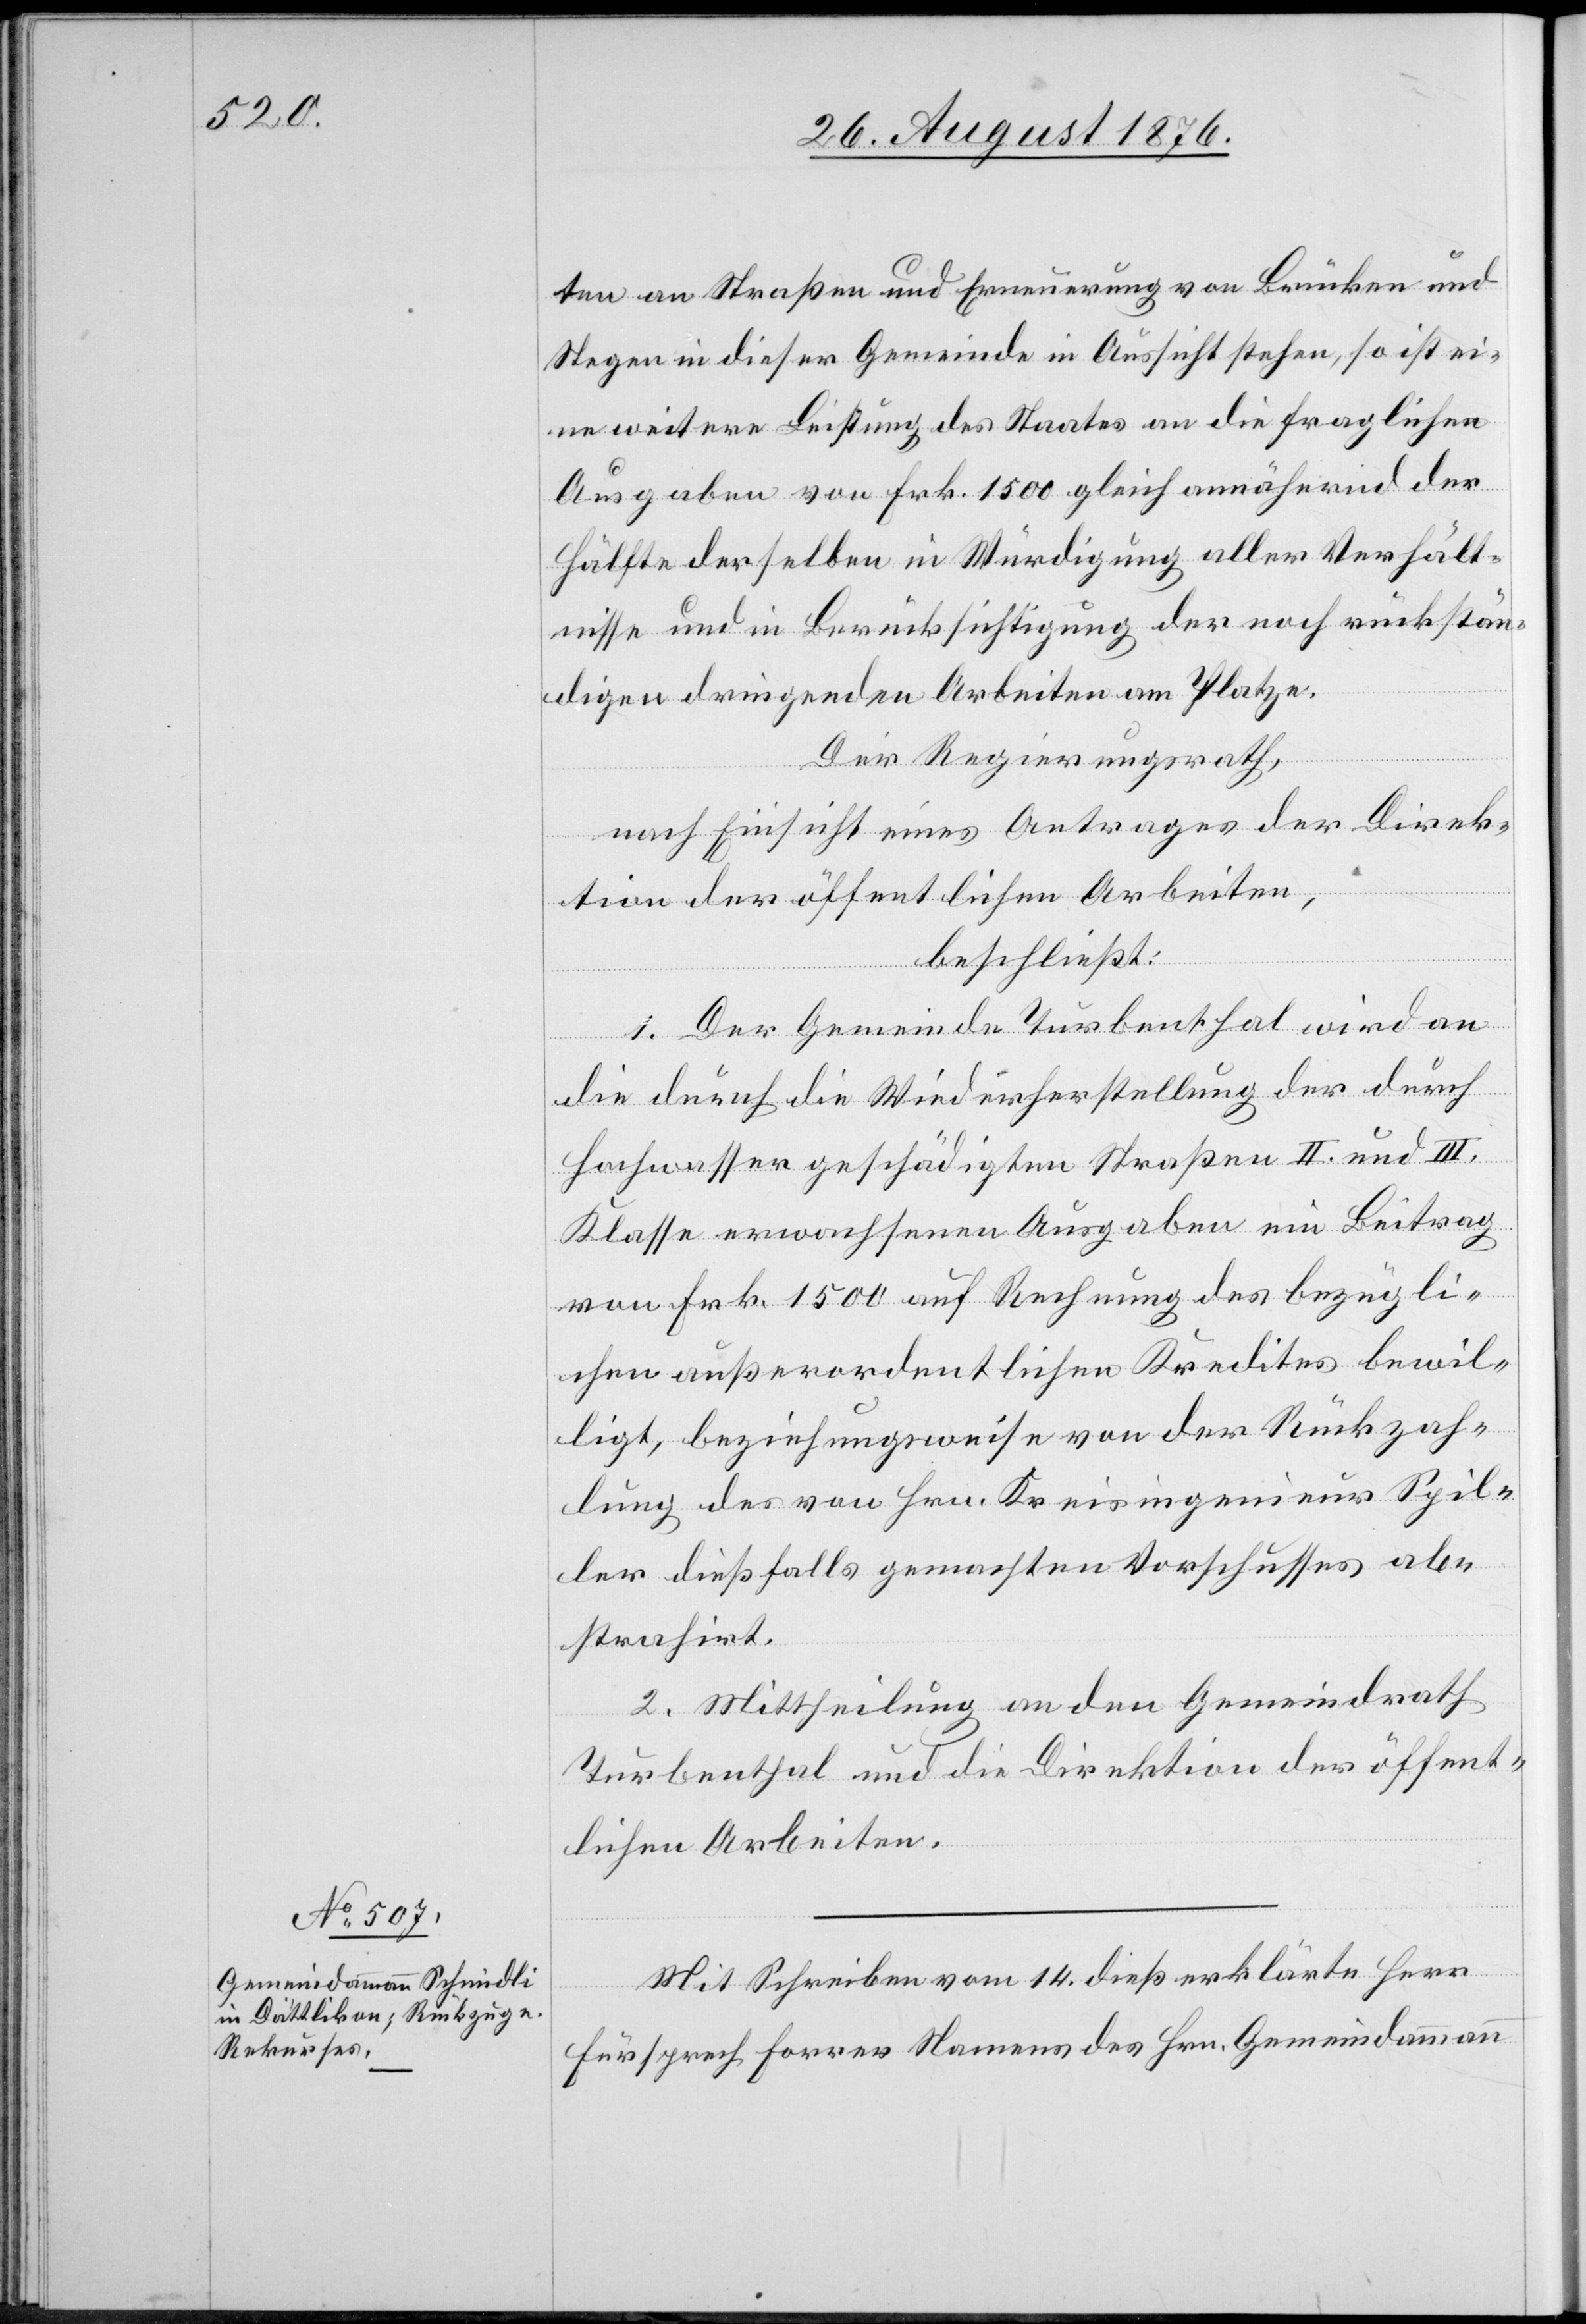
ten an Straßen und Erneuerung von Brücken und
Stegen in dieser Gemeinde in Aussicht stehen, so ist ei¬
ne weitere Leistung des Staates an die fraglichen
Ausgaben von Frk. 1500 gleich annähernd der
Hälfte derselben in Würdigung aller Verhält¬
nisse und in Berücksichtigung der noch rückstän¬
digen dringenden Arbeiten am Platze.
Der Regierungsrath,
nach Einsicht eines Antrages der Direk¬
tion der öffentlichen Arbeiten,
beschließt:
1. Der Gemeinde Turbenthal wird an
die durch die Wiederherstellung der durch
Hochwasser geschädigten Straßen II. und III.
Klasse erwachsenen Ausgaben ein Beitrag
von Frk. 1500 auf Rechnung des bezügli¬
chen außerordentlichen Kredites bewil¬
ligt, beziehungswese von der Rückzah¬
lung des von Hrn. Kreisingenieur Spil¬
ler dießfalls gemachten Vorschusses ab¬
strahirt.
2. Mittheilung an den Gemeindrath
Turbenthal und die Direktion der öffent¬
lichen Arbeiten.
Mit Schreiben vom 14. dieß erklärte Herr
Fürsprech Forrer Namens des Hrn. Gemeindammann